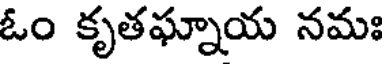
ఓం కృతఘ్నాయ నమః